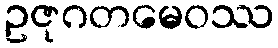
ဥဇုဂတမေဝဿ